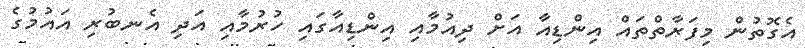
އެގޮތުން މިފަރާތްތައް އިންޑިއާ އަށް ދިއުމާއި އިންޑިއާގައި ހުރުމާއި އަދި އެނބުރި އައުމުގެ